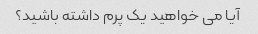
آیا می خواهید یک پرم داشته باشید؟